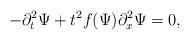
LaTeX: \begin{align*} - \partial_t^2 \Psi+ t^2 f(\Psi) \partial_x^2 \Psi& = 0,\end{align*}